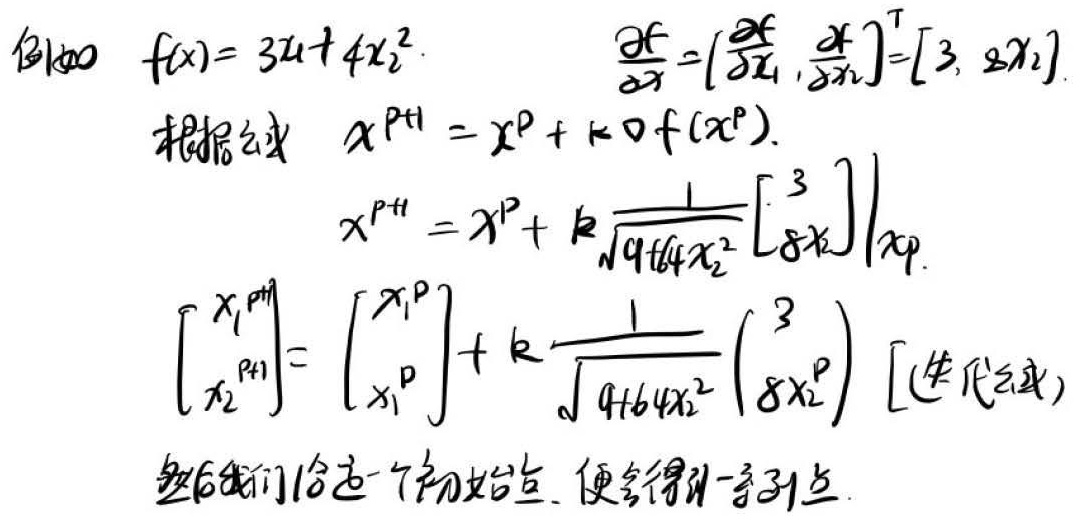
例100：\(f(\boldsymbol{x}) = 3x_1 + 4x_{2}^{2}\)，\(\frac{\partial f}{\partial \boldsymbol{x}}=\left[\frac{\partial f}{\partial x_{1}},\frac{\partial f}{\partial x_{2}}\right]^{\mathrm{T}}=[3, 8x_{2}]\)。

根据公式 \(\boldsymbol{x}^{p + 1}=\boldsymbol{x}^{p}+k\nabla f(\boldsymbol{x}^{p})\)，可得：

\(\boldsymbol{x}^{p + 1}=\boldsymbol{x}^{p}+k\frac{1}{\sqrt{9 + 64x_{2}^{2}}}\begin{bmatrix}3\\8x_{2}\end{bmatrix}\big|_{\boldsymbol{x}^p}\)

即\(\begin{bmatrix}x_{1}^{p + 1}\\x_{2}^{p + 1}\end{bmatrix}=\begin{bmatrix}x_{1}^{p}\\x_{2}^{p}\end{bmatrix}+k\frac{1}{\sqrt{9 + 64(x_{2}^{p})^{2}}}\begin{pmatrix}3\\8x_{2}^{p}\end{pmatrix}\) [迭代公式]

然后我们选取一个初始点，便会得到一系列点。